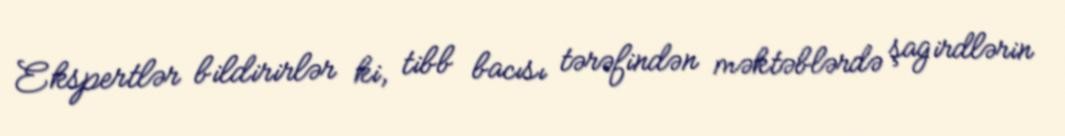
Ekspertlər bildirirlər ki, tibb bacısı tərəfindən məktəblərdə şagirdlərin